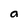
Character: a